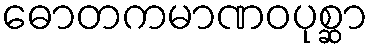
ဓောတကမာဏဝပုစ္ဆာ